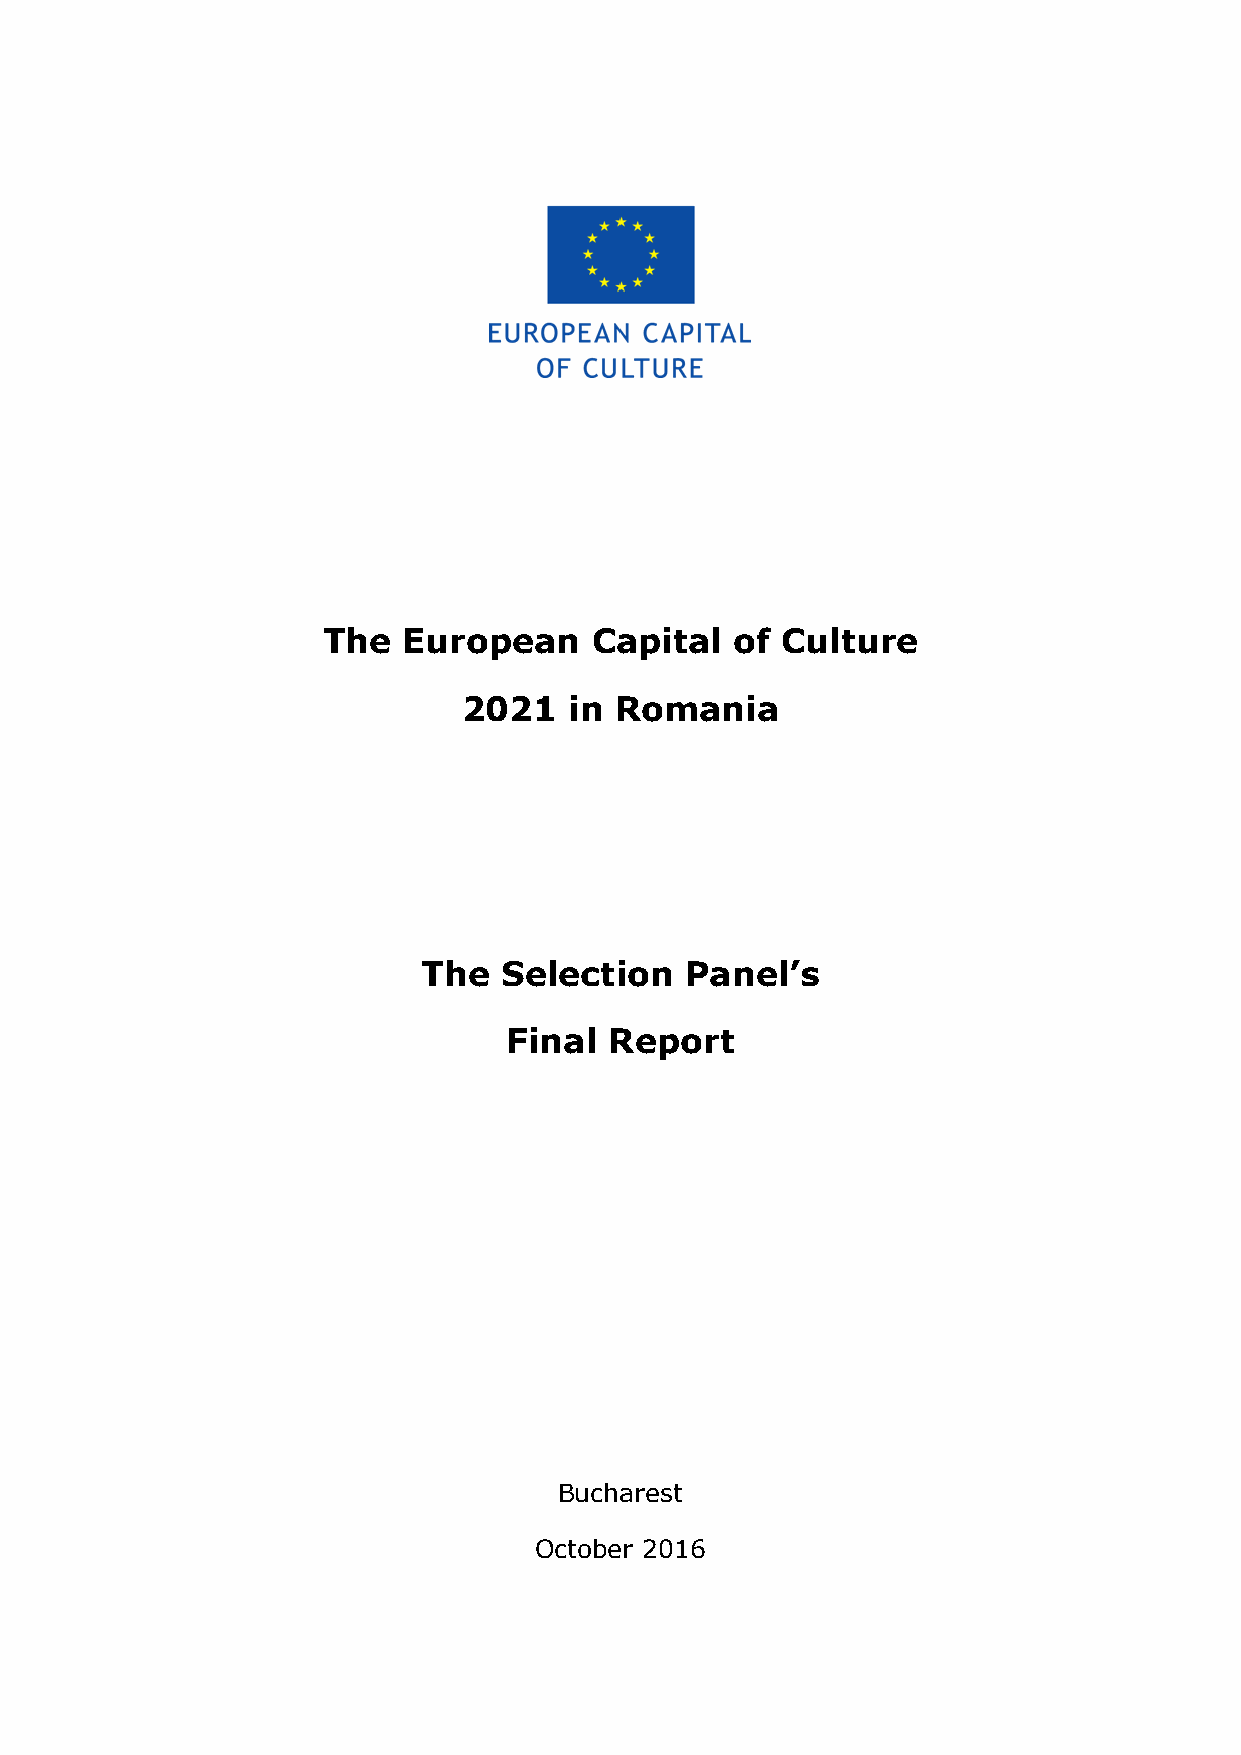
The   European    Capital   of Culture
 2021   in Romania
 The  Selection   Panel’s
 Final Report
 Bucharest
 October 2016